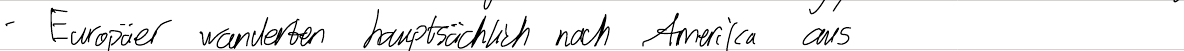
- Europäer wanderten hauptsächlich nach Amerika aus